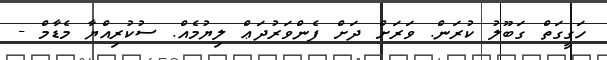
ހަގީގަތް ގަބޫލު ކުރަން. ވަރަށް ދަށް ފެންވަރުދަޢް ލިޔުމެއް. ސުކުރިއްޔާ މެޑާމް -